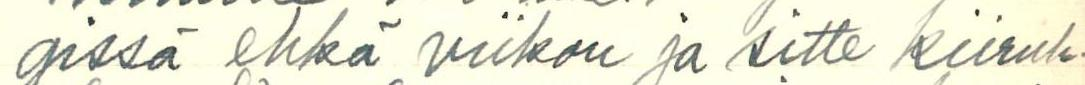
gissä ehkä viikon ja sitte kiiruh-